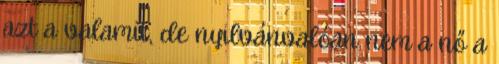
azt a valamit, de nyilvánvalóan nem a nő a